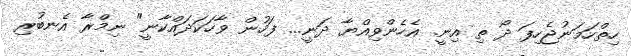
ހިތްހަމަނުޖެހިފަ ދޯ ތި އިނީ. އެހެންވިއްޔާ ދަނީ... ފަހުން ވާހަކަދައްކާނީ" ނިމްރާ އެނބުރި